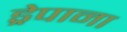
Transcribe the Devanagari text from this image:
ड्रेपाना